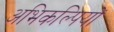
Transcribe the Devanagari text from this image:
अभिकल्पियों